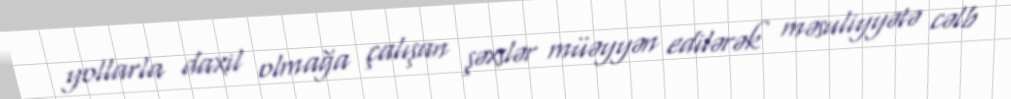
yollarla daxil olmağa çalışan şəxslər müəyyən edilərək məsuliyyətə cəlb